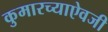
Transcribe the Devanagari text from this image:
कुमारच्याऐवजी